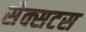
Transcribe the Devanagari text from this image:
सेक्सटस